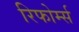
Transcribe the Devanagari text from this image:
रिफोर्म्स